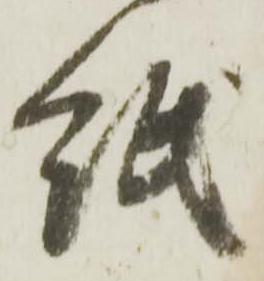
紙